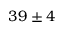
3 9 \pm 4